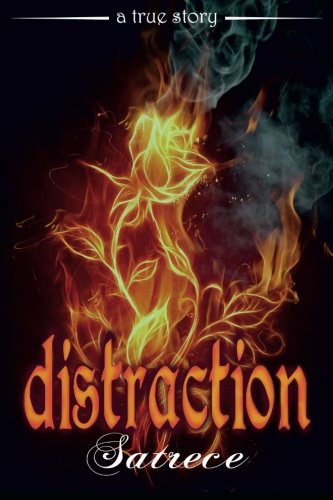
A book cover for Distraction; Satrece; Travel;